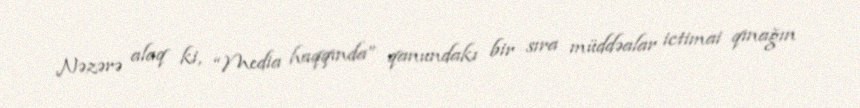
Nəzərə alaq ki, “Media haqqında” qanundakı bir sıra müddəalar ictimai qınağın